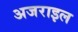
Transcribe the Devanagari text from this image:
अजराइल